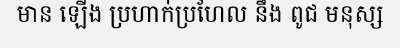
មាន ឡើង ប្រហាក់ប្រហែល នឹង ពូជ មនុស្ស